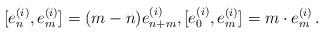
LaTeX: \begin{align*}[e_{n}^{(i)},e_{m}^{(i)}]=(m-n)e_{n+m}^{(i)},[e_{0}^{(i)},e_{m}^{(i)}]=m\cdot e_{m}^{(i)}\, .\end{align*}